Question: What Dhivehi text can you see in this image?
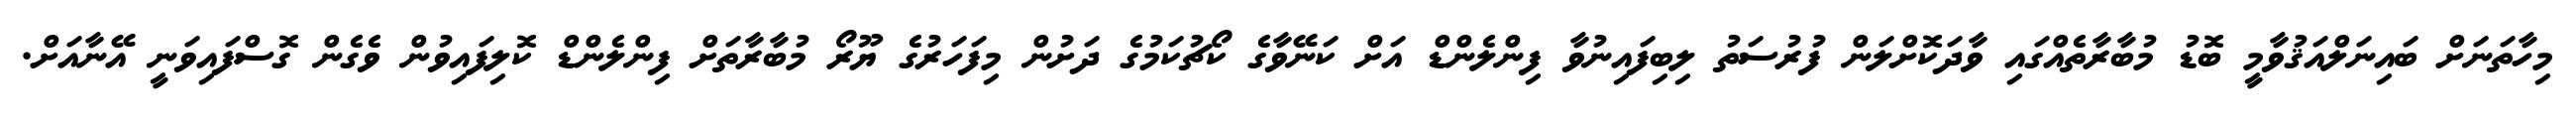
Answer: މިހާތަނަށް ބައިނަލްއަޤުވާމީ ބޮޑު މުބާރާތެއްގައި ވާދަކޮށްލަން ފުރުސަތު ލިބިފައިނުވާ ފިންލެންޑް އަށް ކަނޭވާގެ ކޯޗުކަމުގެ ދަށުން މިފަހަރުގެ ޔޫރޯ މުބާރާތަށް ފިންލެންޑް ކޮލިފައިވުން ވެގެން ގޮސްފައިވަނީ އޭނާއަށް.